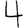
Digit: 4